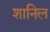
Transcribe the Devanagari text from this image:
शानिल